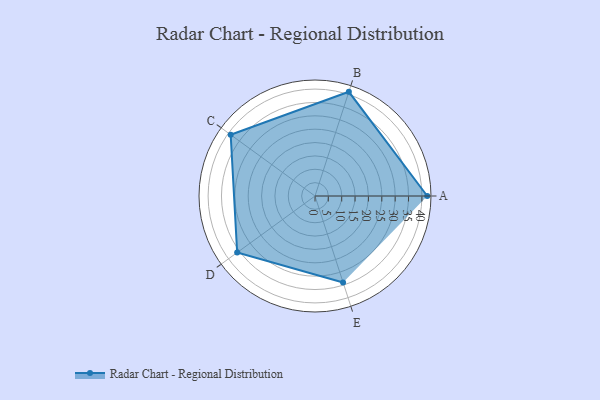
{"axis": {"x": "Skill", "y": "Score"}, "legend": ["Profile"], "data": [{"x": "A", "y": 42.0, "type": "Profile"}, {"x": "B", "y": 41.0, "type": "Profile"}, {"x": "C", "y": 39.0, "type": "Profile"}, {"x": "D", "y": 36.0, "type": "Profile"}, {"x": "E", "y": 34.0, "type": "Profile"}]}